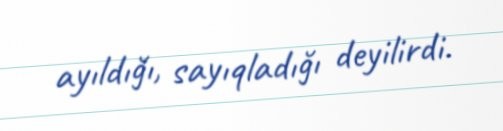
ayıldığı, sayıqladığı deyilirdi.